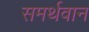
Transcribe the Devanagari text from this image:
समर्थवान